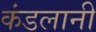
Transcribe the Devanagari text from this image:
कंडलानी